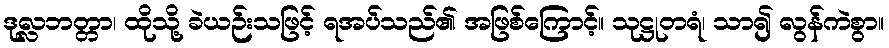
ဒုလ္လဘတ္တာ၊ ထိုသို့ ခဲယဉ်းသဖြင့် ရအပ်သည်၏ အဖြစ်ကြောင့်။ သုဋ္ဌုတရံ၊ သာ၍ လွန်ကဲစွာ။